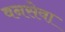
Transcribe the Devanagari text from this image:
वनसेवा